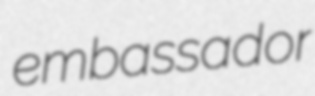
embassador